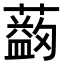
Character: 𦿯